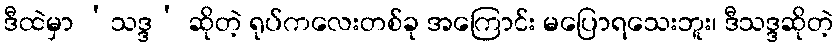
ဒီထဲမှာ ‘သဒ္ဒ’ ဆိုတဲ့ ရုပ်ကလေးတစ်ခု အကြောင်း မပြောရသေးဘူး၊ ဒီသဒ္ဒဆိုတဲ့